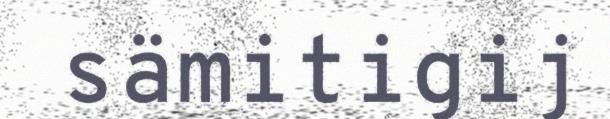
sämitigij